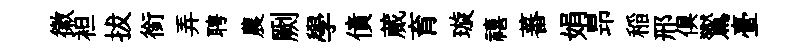
徽袒拔銜弄聘農劂學債蕆育璇禧蕃娟昻稲邢俱鸑臺